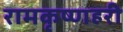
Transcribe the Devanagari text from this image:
रामकृष्णहरी